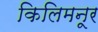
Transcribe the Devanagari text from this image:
किलिमनूर